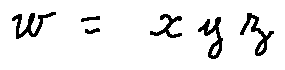
w = x y z